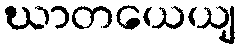
ဃာတယေယျ